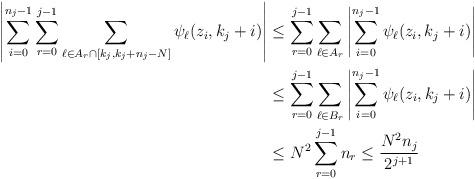
LaTeX: \begin{align*}\left|\sum_{i=0}^{n_j-1}\sum_{r=0}^{j-1}\sum_{\ell \in A_r \cap [k_j,k_j+n_j-N]}\psi_\ell(z_i,k_j+i)\right|&\leq\sum_{r=0}^{j-1}\sum_{\ell \in A_r}\left|\sum_{i=0}^{n_j-1}\psi_\ell(z_i,k_j+i)\right|\\&\leq \sum_{r=0}^{j-1}\sum_{\ell \in B_r}\left|\sum_{i=0}^{n_j-1}\psi_\ell(z_i,k_j+i)\right|\\&\leq N^2\sum_{r=0}^{j-1}n_r \leq \frac{N^2n_j}{2^{j+1}}\end{align*}